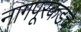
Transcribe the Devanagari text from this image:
नागपूरकडचे